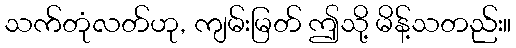
သက်တုံလတ်ဟု, ကျမ်းမြတ် ဤသို့ မိန့်သတည်း။